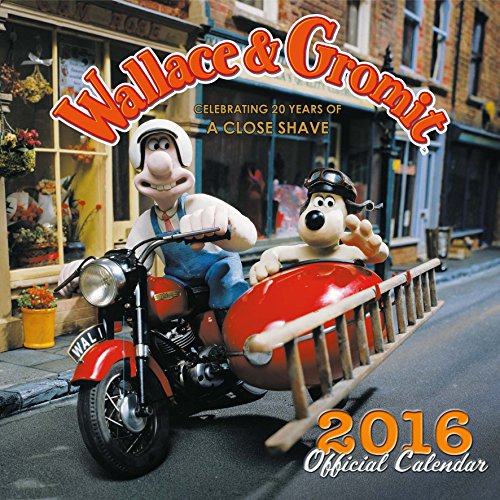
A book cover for The Official Wallace & Gromit 2016 Square Calendar; Calendars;